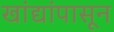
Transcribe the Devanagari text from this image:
खांद्यांपासून